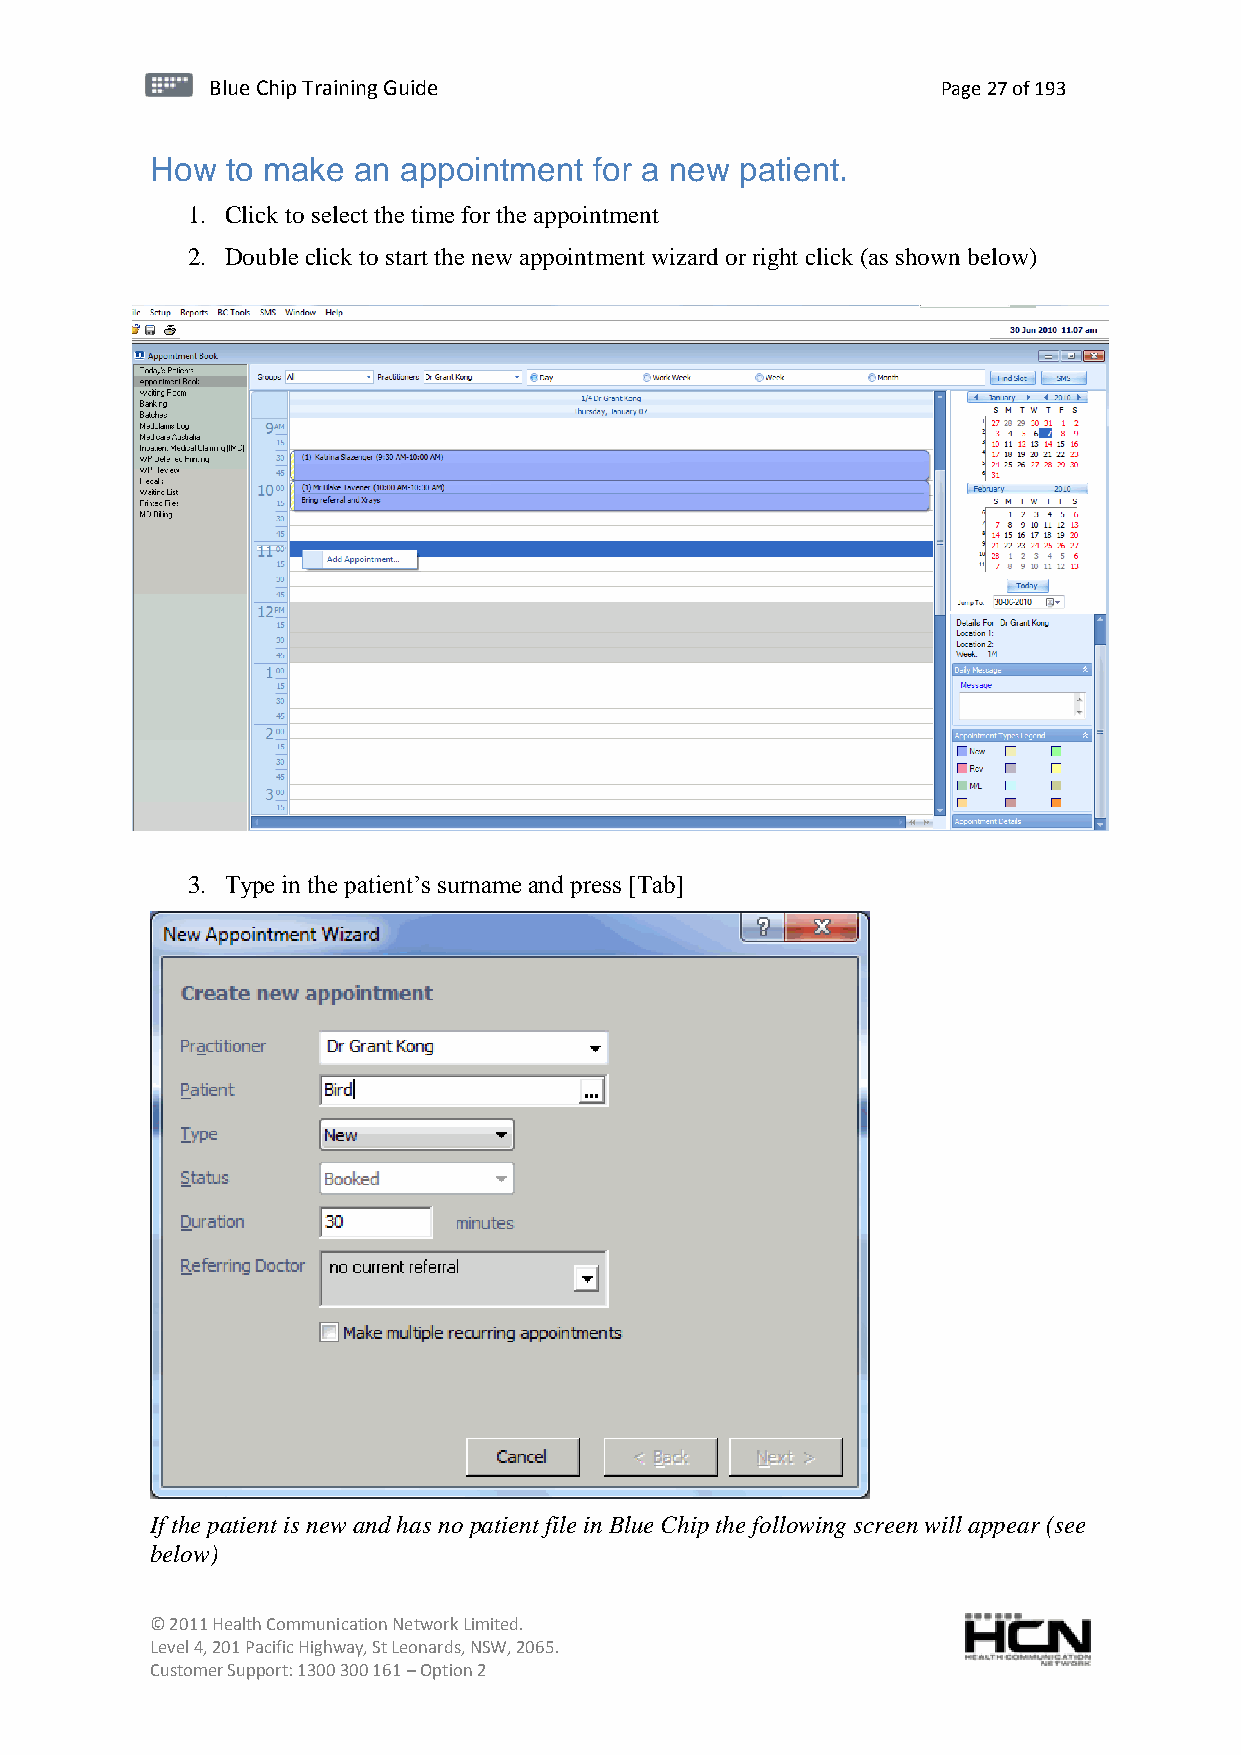
BBlluuee C Chihpi pTr Tairnainingi Gnugi dGeu ide Page 27 of 193
 How  to make an appointment  for a new patient.
 1. Click to select the time for the appointment
 2. Double click to start the new appointment wizard or right click (as shown below)
 3. Type in the patient’s surname and press [Tab]
 If the patient is new and has no patient file in Blue Chip the following screen will appear (see
 below)
 © 2011 Health Communication Network Limited.
 Level 4, 201 Pacific Highway, St Leonards, NSW, 2065.
 Customer Support: 1300 300 161 – Option 2